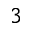
3